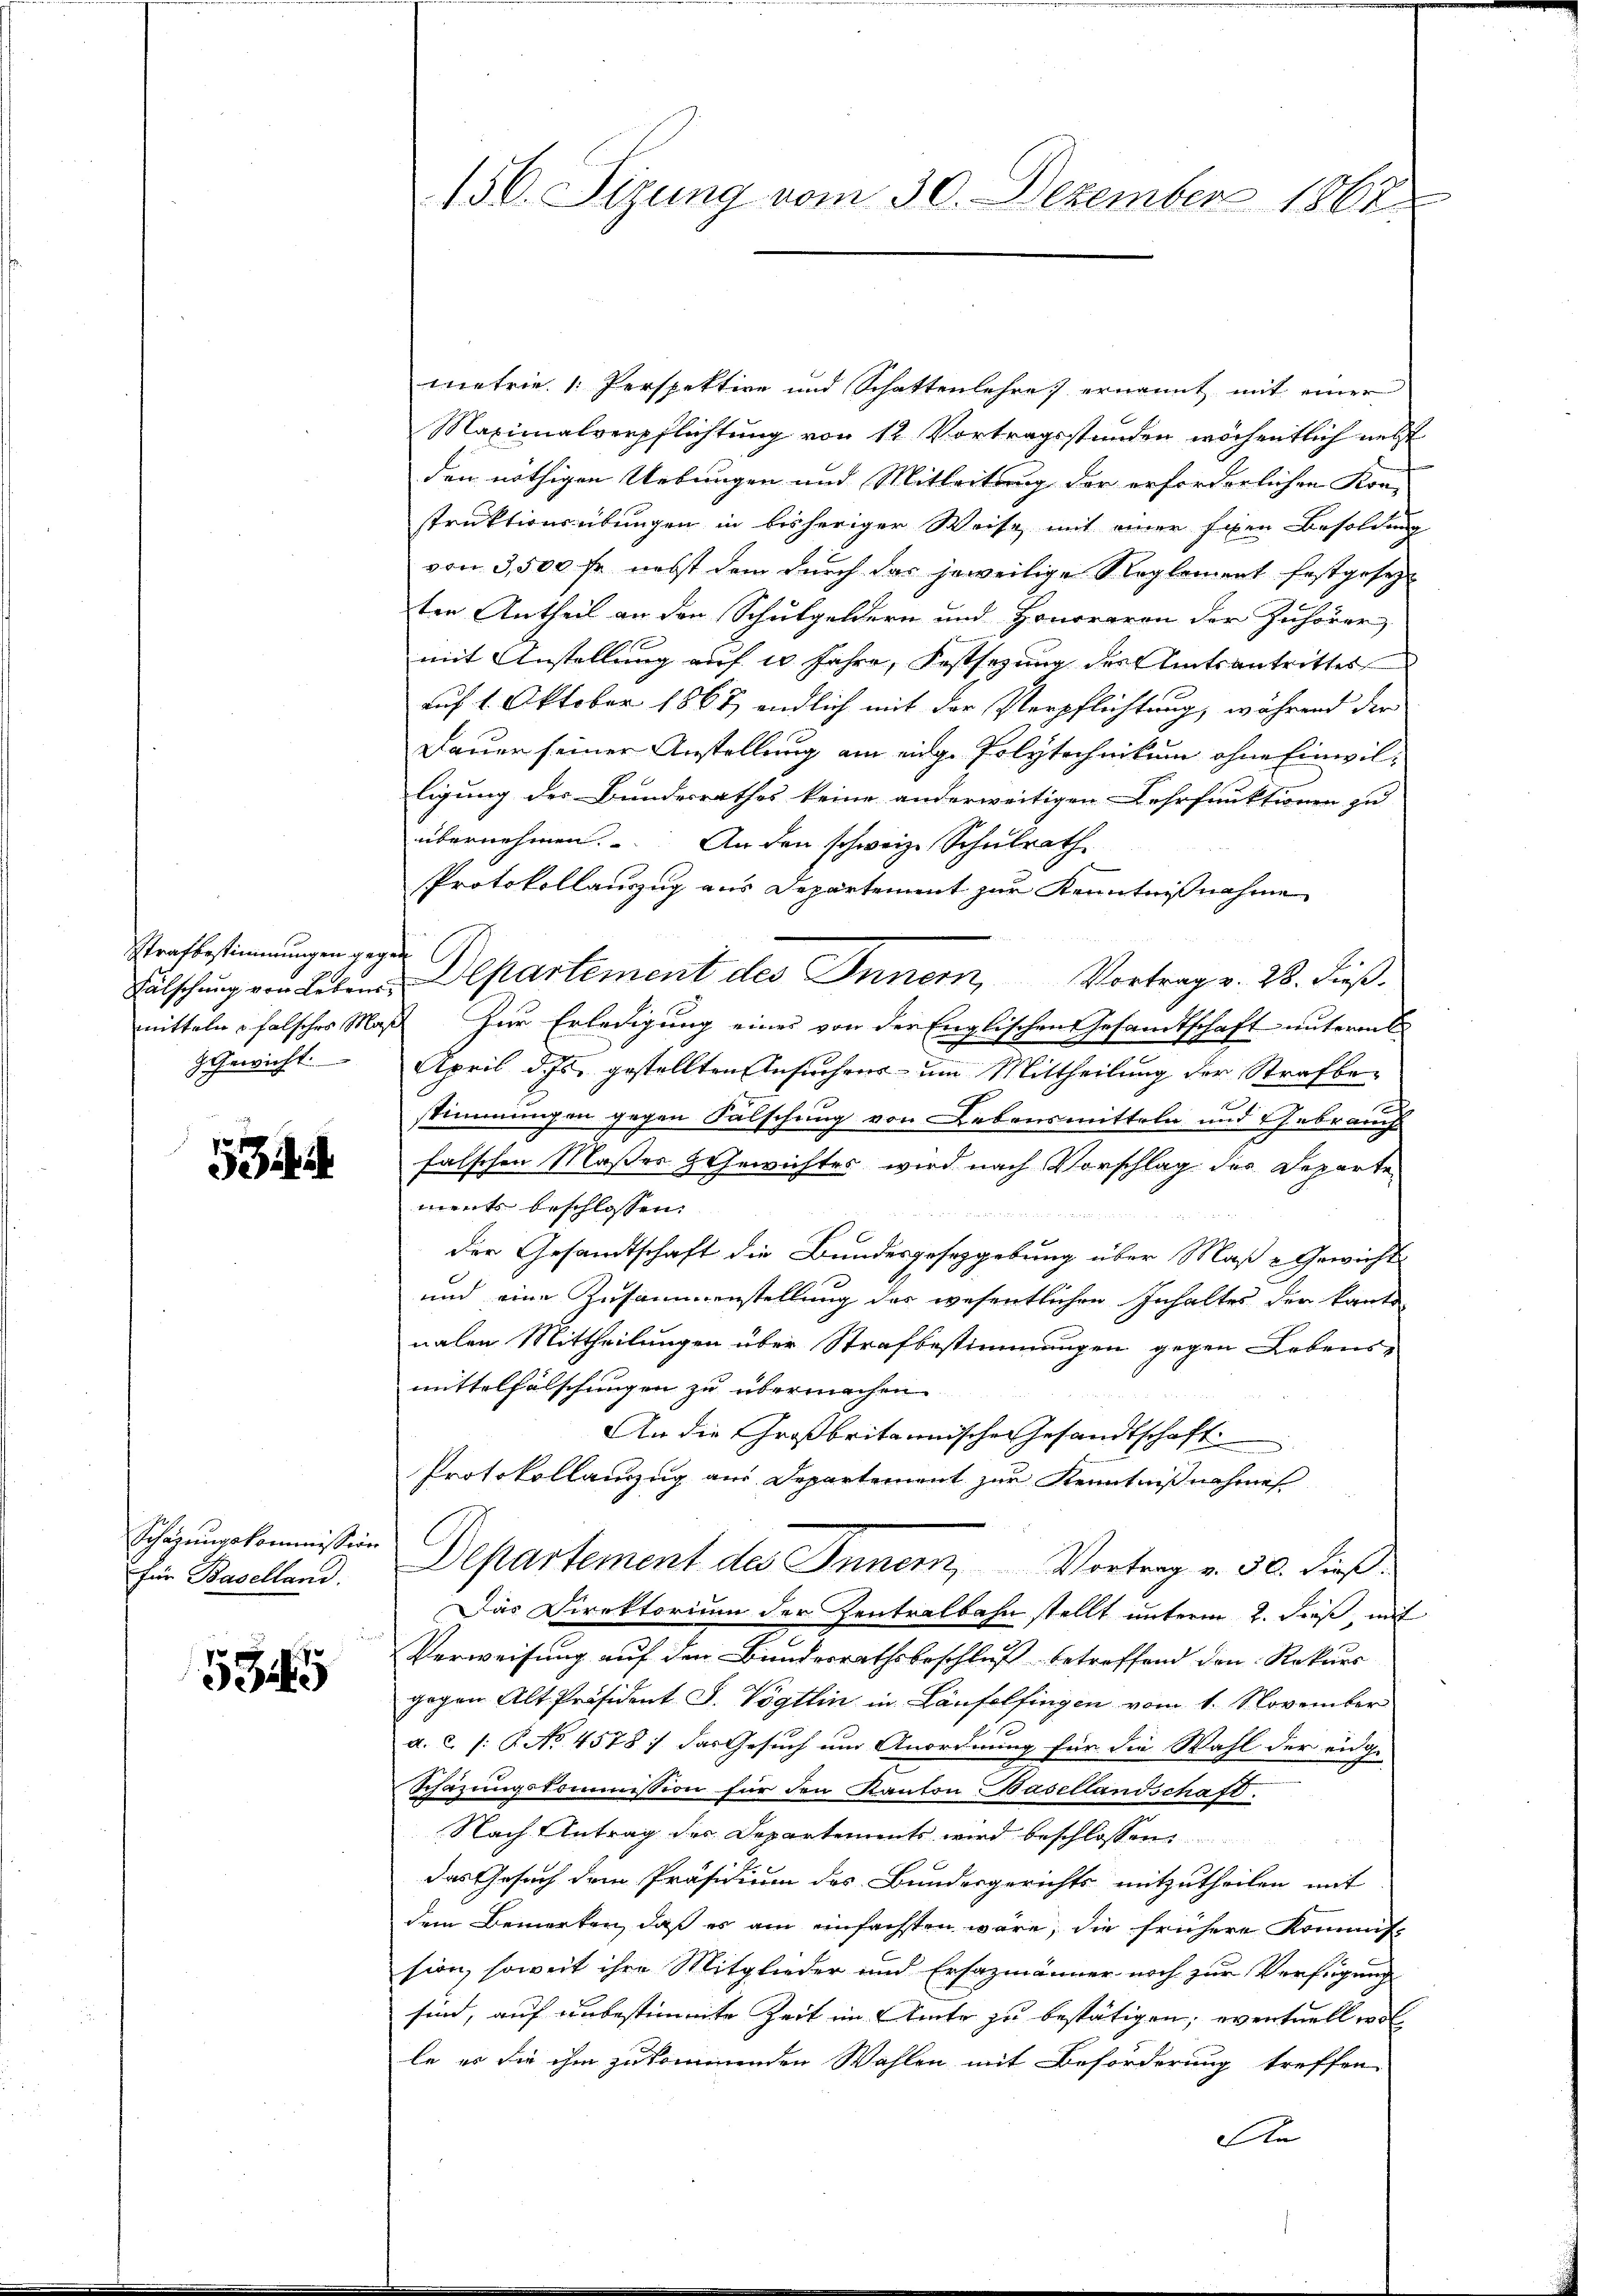
Strafbestimmungen gegen
Gewicht

5

Schazungskommission
für Baselland.
u

53

156. Sizung vom 30. Dezember 1867.

metrie 1 Perspektive und Schattenlehre ernannt mit einer
Maximalverpflichtung von 12 Vortragsstunden wöchentlich nett
den nöthigen Uebungen und Mitleitung der erforderlichen Kon-
struktionsübungen in bisheriger Weise mit einer fien Besoldung
von 3,500 fr. nebst dem durch das jeweilige Reglement festgesezt
ten Antheil an den Schulgeldern und Honoraren der Zuhörer,
mit Anstellung auf 20 Jahre, Festsezung des Amtsantrittes
auf 1. Oktober 1867 endlich mit der Verpflichtung, während der
Dauer seiner Anstellung am eidg. Polytechnikum ohne Einwilligung des Bundesrathes keine anderweitigen Lehrfunktionen zu
übernehmen. An den schweiz. Schulrath
Protokollauszug aus Departement zur Kenntnißnahme
Fälschŭng von Litum Departement des Innern, Vortrag v. 28. dieβ.
mitteln, falsches Maß zur Erledigung eines von der Englischen Gesandtschaft unteren
April des gestellten Ansuchens um Mittheilung der Strafbed
stimmungen gegen Falschung von Lebensmitteln und Gebrauch
falschen Maßes & Gewichtes wird nach Vorschlag des Departe
ments beschlossen:
der Gesandtschaft die Bundesgesetzgebung über Maß & Gewicht
und eine Zusammenstellung des wesentlichen Inhaltes der kanto
nalen Mittheilungen über Strafbestimmungen gegen Lebens-
mittelfälschungen zu übermachen
An die Großbritannische Gesandtschaft
Protokollanzug aus Departement zur Kenntnißnahme

Departement des Inner, Vortrag v. 30. dieß
Das Direktorium der Zentralbahn stellt unterm 2. dieß, mit
Verweisung auf den Bundesrathsbeschluß betreffend den Rekurs
gegen Alt-Präsident J. Vögtlin in Läufelfingen vom 1. November
a. 2 (: No 4578 :/ das Gesuch um Anordnung für die Wahl der eidge
Schazungskommission für den Kanton Basellandschaft.
Nach Antrag des Departements wird beschlossen
das Gesuch dem Präsidium des Bundesgerichts mitzutheilen mit
dem Bemerken, daß es am einfachsten wäre, die frühere Kommiss
sion, soweit ihre Mitglieder und Ersazmänner noch zur Verfügung
sind, auf unbestimmte Zeit im Amte zu bestätigen, eventuell wol
le es die ihm zukommenden Wahlen mit Beförderung treffen
An